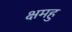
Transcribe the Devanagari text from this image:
क्षमहु